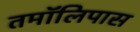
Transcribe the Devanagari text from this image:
तमॉलिपास